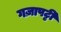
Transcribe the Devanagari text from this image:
गज़ापट्टी